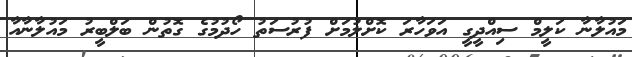
މައުލާނާ ކަލީމް ސިއްދީގީ އަވަހާރަ ކޮށްލުމަށް ފުރުސަތު ހޯދުމުގެ ގޮތުން ބަލްބީރު މައުލާނާއާ